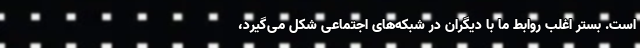
است. بستر اغلب روابط ما با دیگران در شبکه‌های اجتماعی شکل می‌گیرد،